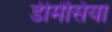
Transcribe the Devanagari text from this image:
डीमेंसिया